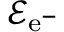
\mathcal { E } _ { \mathrm { e } ^ { - } }